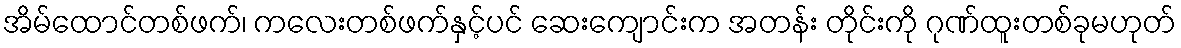
အိမ်ထောင်တစ်ဖက်၊ ကလေးတစ်ဖက်နှင့်ပင် ဆေးကျောင်းက အတန်း တိုင်းကို ဂုဏ်ထူးတစ်ခုမဟုတ်